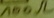
Text: 100Ω